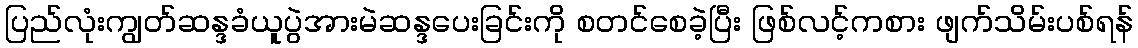
ပြည်လုံးကျွတ်ဆန္ဒခံယူပွဲအားမဲဆန္ဒပေးခြင်းကို စတင်စေခဲ့ပြီး ဖြစ်လင့်ကစား ဖျက်သိမ်းပစ်ရန်